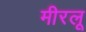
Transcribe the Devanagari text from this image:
मीरलू